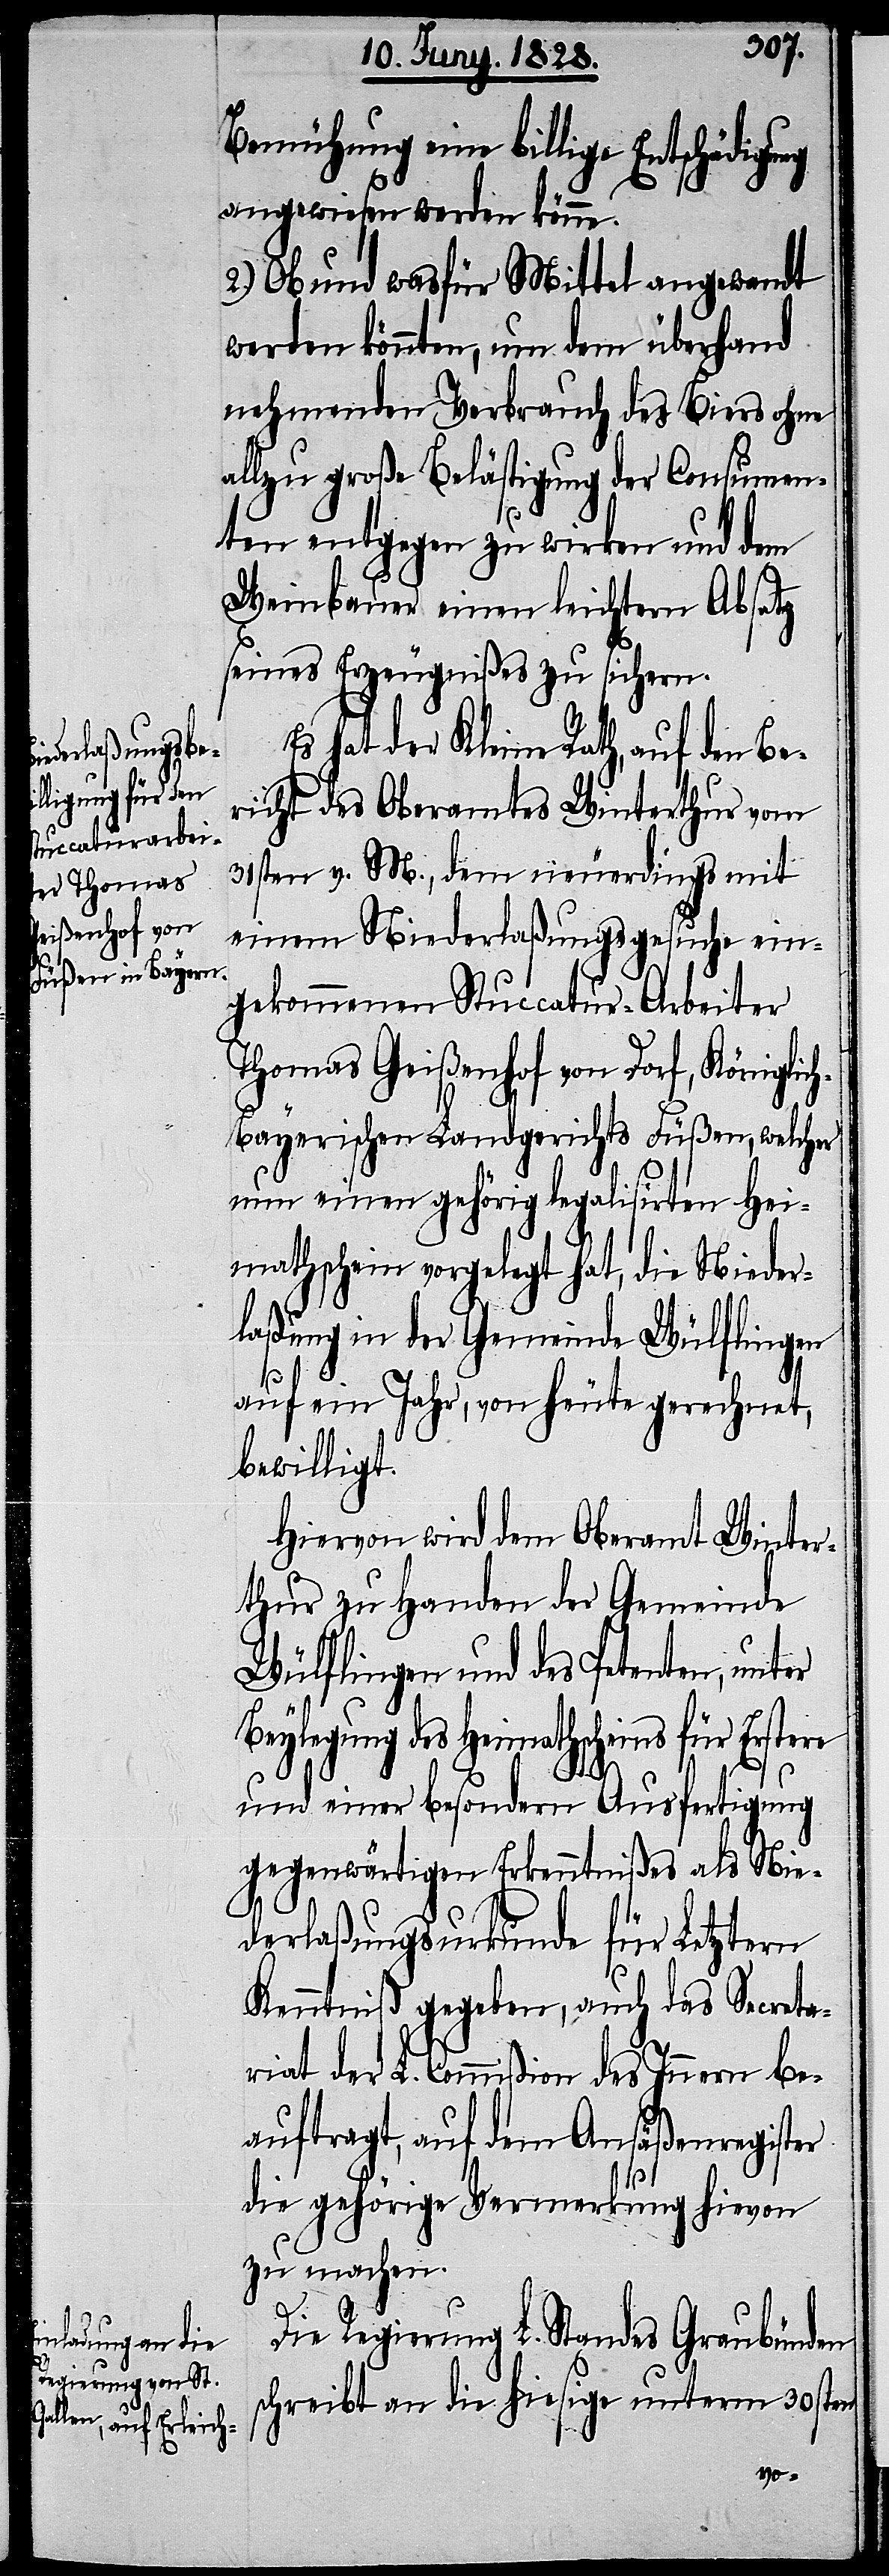
Bemühung eine billige Entschädigung
angewiesen werden könne.
2.) Ob und wasfür Mittel angewandt
werden könnten, um dem überhand
nehmenden Verbrauch des Biers ohne
allzu große Belästigung der Consumen¬
ten entgegen zu wirken und dem
Weinbauer einen leichtern Absatz
seines Erzeugnißes zu sichern.
Es hat der Kleine Rath, auf den Be¬
richt des Oberamtes Winterthur vom
31sten v. M., dem neuerdings mit
einem Niederlaßungsgesuche ein¬
gekommenen Stuccatur-Arbeiter
Thomas Geißenhof von Dorf, Königlic¬
h-Bayerischen Landgerichts Füßen, welcher
nun einen gehörig legalisirten Hei¬
mathschein vorgelegt hat, die Nieder¬
laßung in der Gemeinde Wülflingen
auf ein Jahr, von heute gerechnet,
bewilligt.
Hiervon wird dem Oberamt Winter¬
thur zu Handen der Gemeinde
Wülflingen und des Petenten, unter
Beylegung des Heimathscheins für Erste¬
und einer besondern Ausfertigung
gegenwärtigen Erkenntnißes als Nie¬
derlaßungsurkunde für Letztern
Kenntniß gegeben, auch das Secreta¬
riat der L. Commißion des Innern be¬
auftragt, auf dem Ansäßenregister
die gehörige Vermerkung hievon
zu machen.
Die Regierung L. Standes Graubünden
schrieb an die hiesige unterm 30sten
re